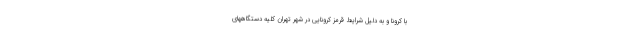
با کرونا و به دلیل شرایط قرمز کرونایی در شهر تهران کلیه دستگاههای